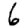
Digit: 6